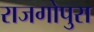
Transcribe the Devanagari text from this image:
राजगोपुरा